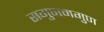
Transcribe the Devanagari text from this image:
सगुणमगुण